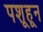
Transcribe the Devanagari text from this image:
पशूहून